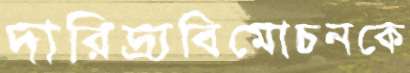
দারিদ্র্যবিমোচনকে